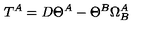
T ^ { A } = D \Theta ^ { A } - \Theta ^ { B } \Omega _ { B } ^ { A }